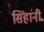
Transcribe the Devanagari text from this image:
सिंहांनी